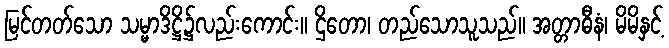
မြင်တတ်သော သမ္မာဒိဋ္ဌိ၌လည်းကောင်း။ ဌိတော၊ တည်သောသူသည်။ အတ္တာဓီနံ၊ မိမိနှင့်